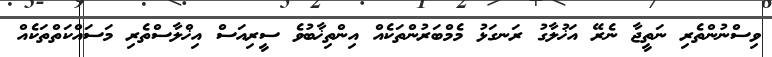
ވިސްނުންތެރި ނަތީޖާ ނެރޭ އަޚުލާގު ރަނގަޅު މެމްބަރުންތަކެއް އިންތިޚާބުވެ ސީރިއަސް އިޚްލާސްތެރި މަސައްކަތްތަކެއް